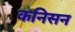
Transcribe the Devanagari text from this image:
कनिसन